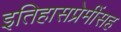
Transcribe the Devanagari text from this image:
इतिहासप्रेमींसह